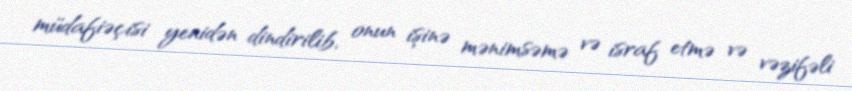
müdafiəçisi yenidən dindirilib, onun işinə mənimsəmə və israf etmə və vəzifəli